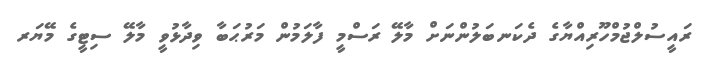
ރައީސުލްޖުމްހޫރިއްޔާގެ ދެކަނބަލުންނަށް މާލޭ ރަސްމީ ފާލަމުން މަރުޙަބާ ވިދާޅުވީ މާލޭ ސިޓީގެ މޭޔަރ